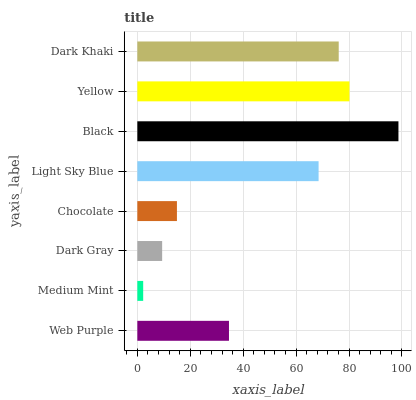
| yaxis_label | bars |
 | --- | --- |
 | Web Purple | 34.6 |
 | Medium Mint | 2.21 |
 | Dark Gray | 9.38 |
 | Chocolate | 15 |
 | Light Sky Blue | 68.5 |
 | Black | 98.7 |
 | Yellow | 80.2 |
 | Dark Khaki | 76.1 |